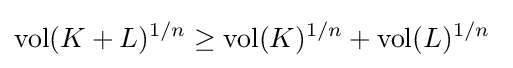
\mathrm {vol} (K+L)^{1/n}\geq \mathrm {vol} (K)^{1/n}+\mathrm {vol} (L)^{1/n}~